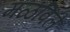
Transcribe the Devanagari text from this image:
मळविलें